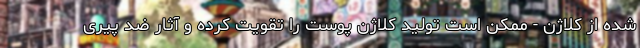
شده از کلاژن - ممکن است تولید کلاژن پوست را تقویت کرده و آثار ضد پیری